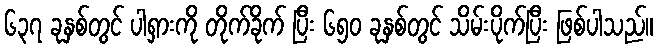
၆၃၇ ခုနှစ်တွင် ပါရှားကို တိုက်ခိုက် ပြီး ၆၅၀ ခုနှစ်တွင် သိမ်းပိုက်ပြီး ဖြစ်ပါသည်။